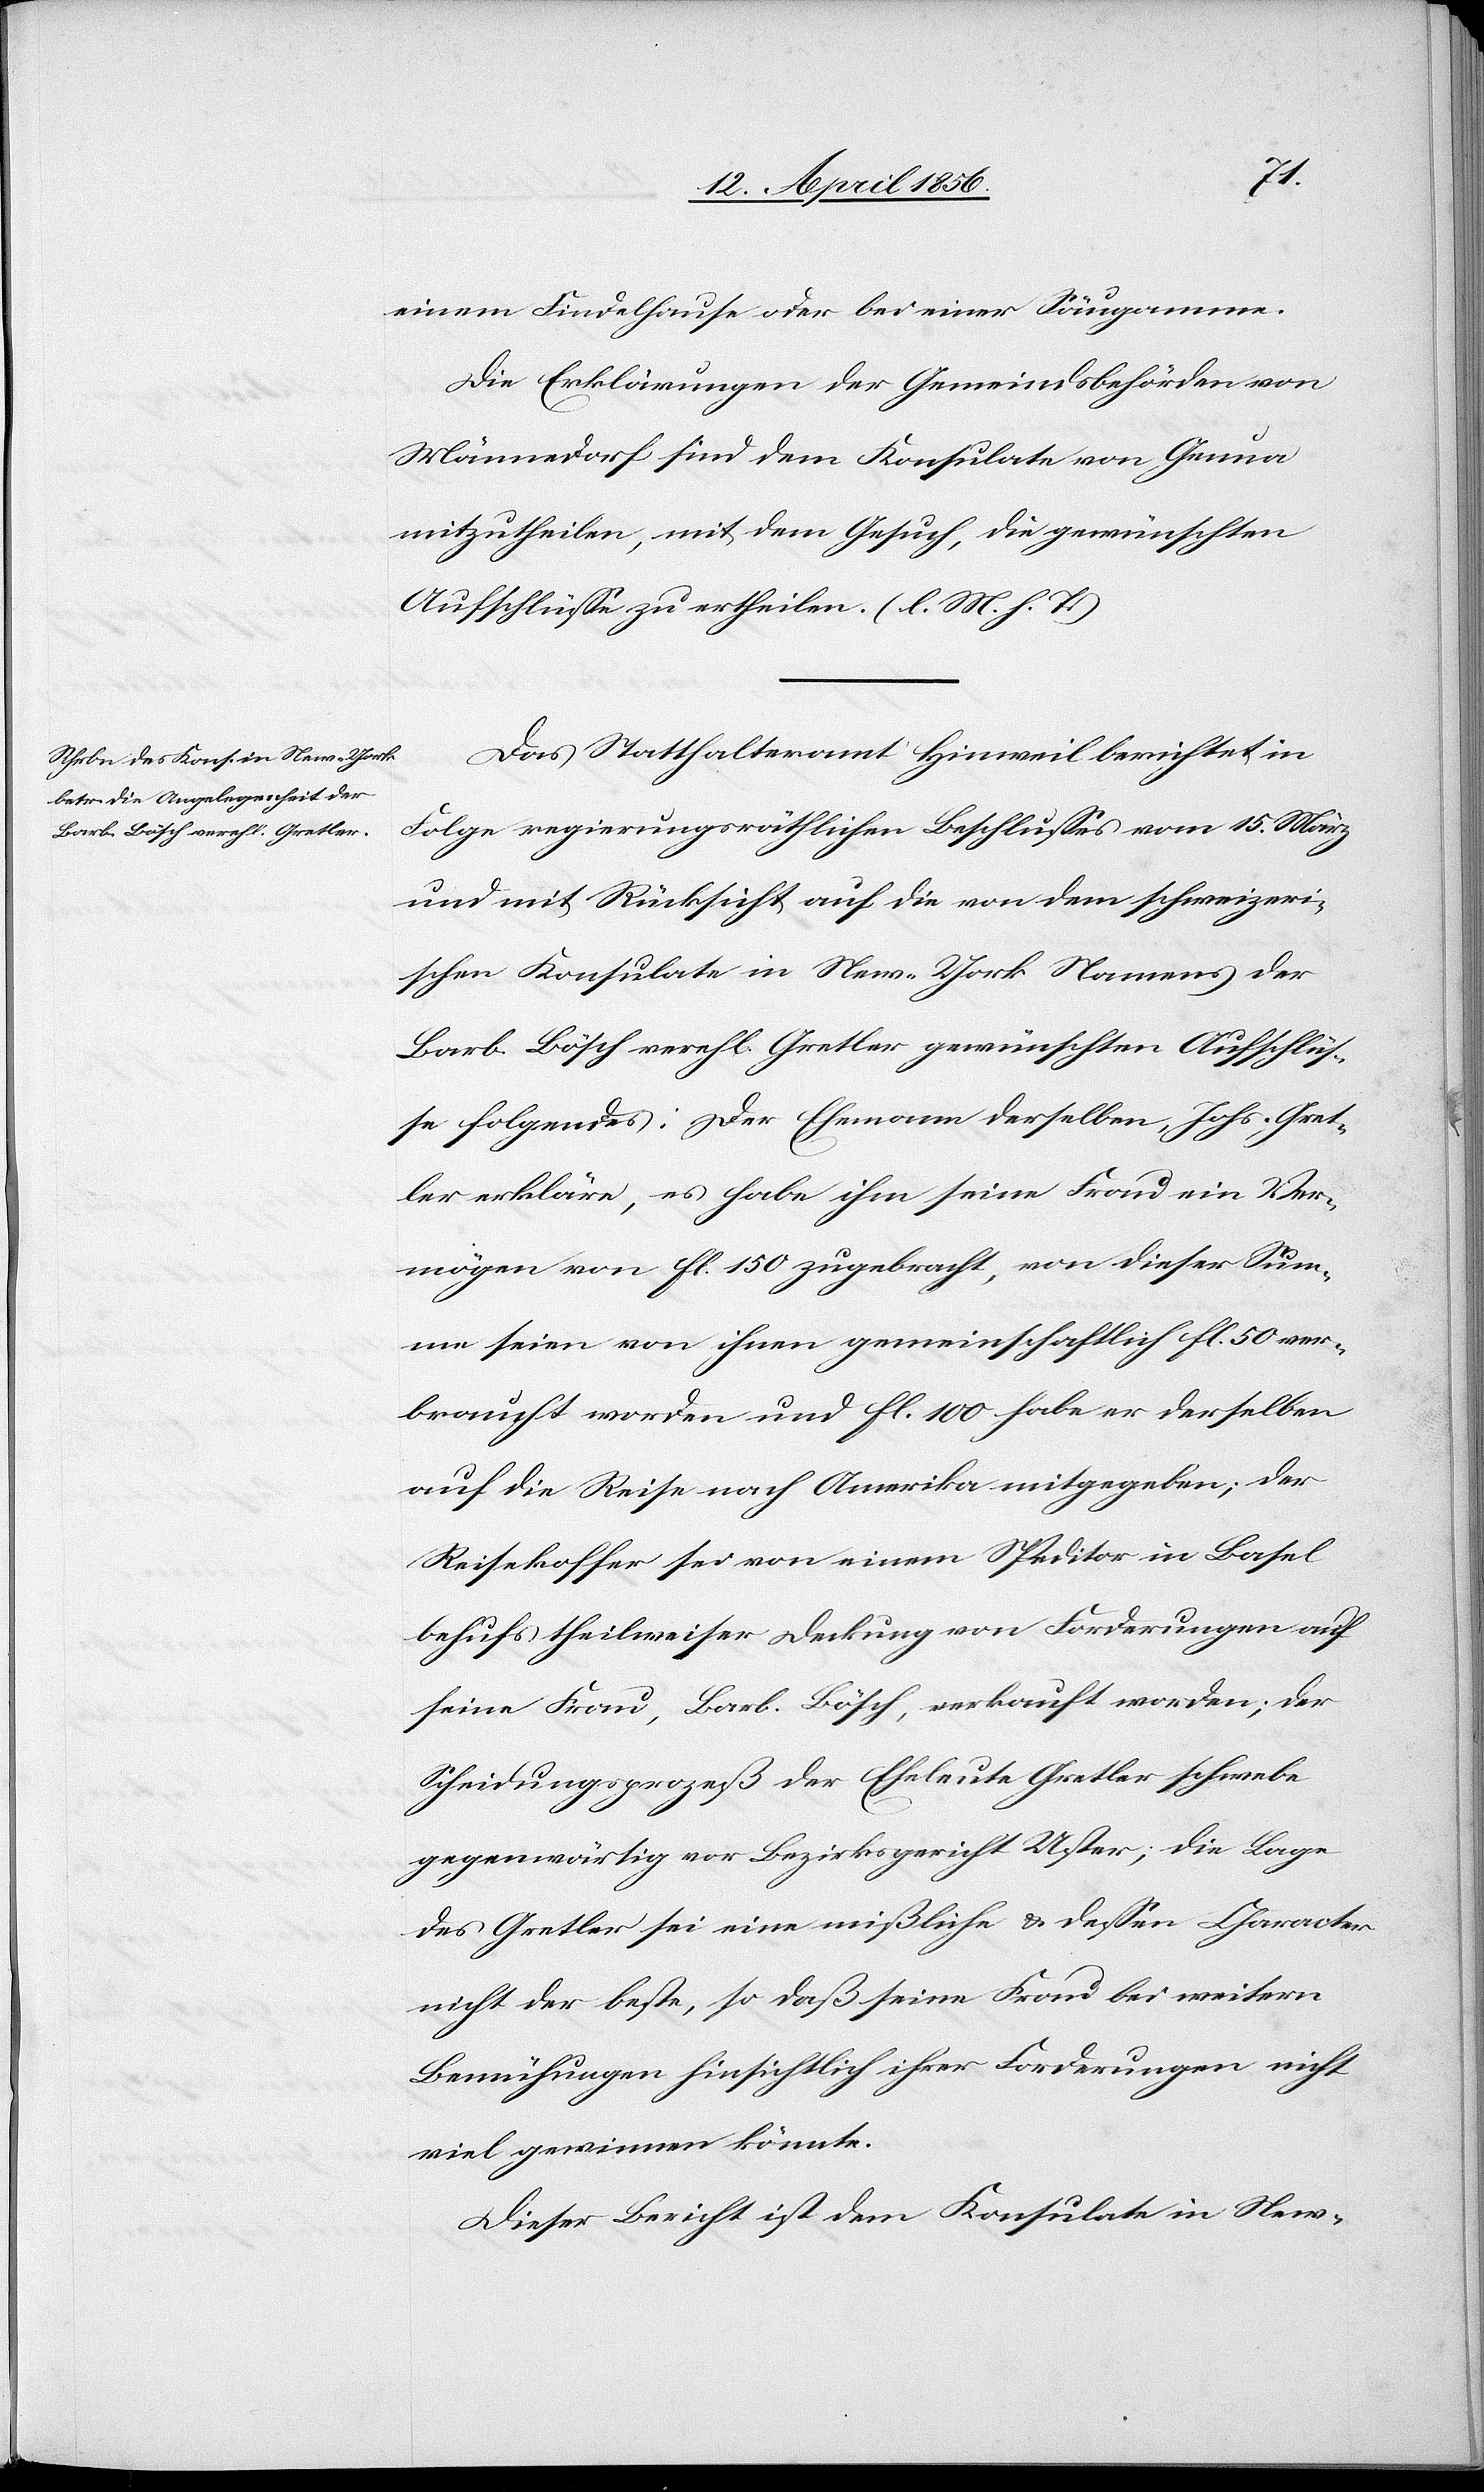
einem Findelhause oder bei einer Säugamme.
Die Erklärungen der Gemeindsbehörde von
Männedorf sind dem Konsulate von Genua
mitzutheilen, mit dem Gesuch, die gewünschten
Aufschlüsse zu ertheilen. (l. M. h. T.)
Das Statthalteramt Hinweil berichtet in
Folge regierungsräthlichen Beschlusses vom 15. März
und mit Rücksicht auf die von dem schweizeri¬
schen Konsulate in New-York Namens der
Barb. Bösch verehl. Gretler gewünschten Aufschlüs¬
se folgendes: Der Ehemann derselben, Johs. Gret¬
ler erkläre, es habe ihm seine Frau ein Ver¬
mögen von fl. 150 zugebracht, von dieser Sum¬
me seien von ihnen gemeinschaftlich fl. 50 ver¬
braucht worden und fl. 100 habe er derselben
auf die Reise nach Amerika mitgegeben; der
Reisekoffer sei von einem Speditor in Basel
behufs theilweiser Deckung von Forderungen auf
seine Frau, Barb. Bösch, verkauft worden; der
Scheidungsprozeß der Eheleute Gretler schwebe
gegenwärtig vor Bezirksgericht Uster; die Lage
des Gretler sei eine mißliche & dessen Character
nicht der beste, so daß seine Frau bei weitern
Bemühungen hinsichtlich ihrer Forderungen nicht
viel gewinnen könnte.
Dieser Bericht ist dem Konsulate in New-